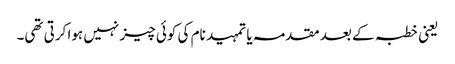
یعنی خطبہ کے بعد مقدمہ یا تمہید نام کی کوئی چیز نہیں ہوا کرتی تھی۔